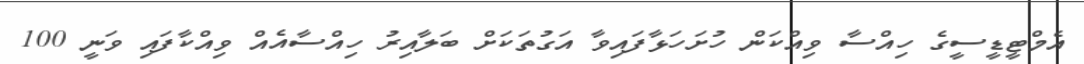
އެމްޓީޑީސީގެ ހިއްސާ ވިއްކަން ހުށަހަޅާފައިވާ އަގުތަކަށް ބަލާއިރު ހިއްސާއެއް ވިއްކާފައި ވަނީ 100